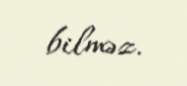
bilməz.